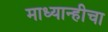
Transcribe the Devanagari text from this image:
माध्यान्हीचा